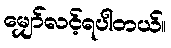
မျှော်လင့်ရပါတယ်။